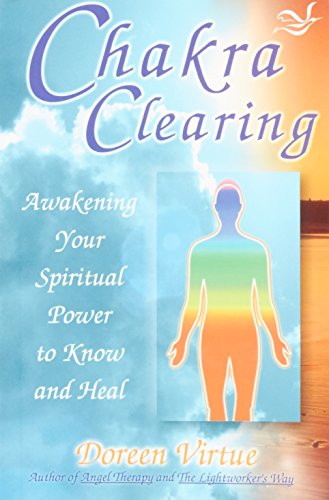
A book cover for Chakra Clearing; Doreen Virtue; Religion & Spirituality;